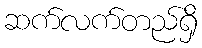
ဆက်လက်တည်ရှိ